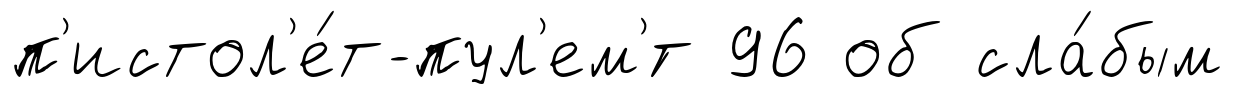
п'истол'е́т-пул'ем'́т 96 об сла́бым